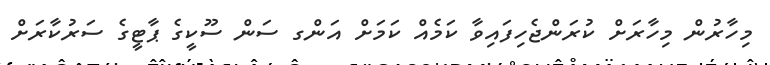
މިހާރުން މިހާރަށް ކުރަންޖެހިފައިވާ ކަމެއް ކަމަށް އަންގ ސަން ސޫކީގެ ޕާޓީގެ ސަރުކާރަށް